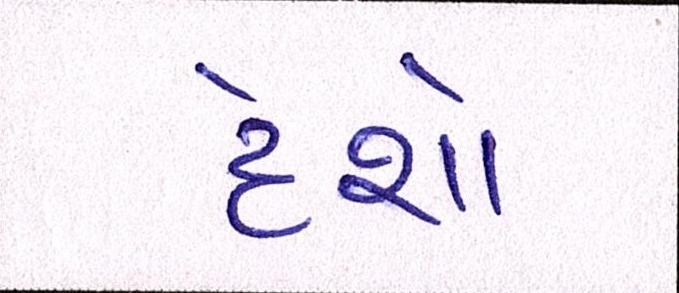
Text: દેશો